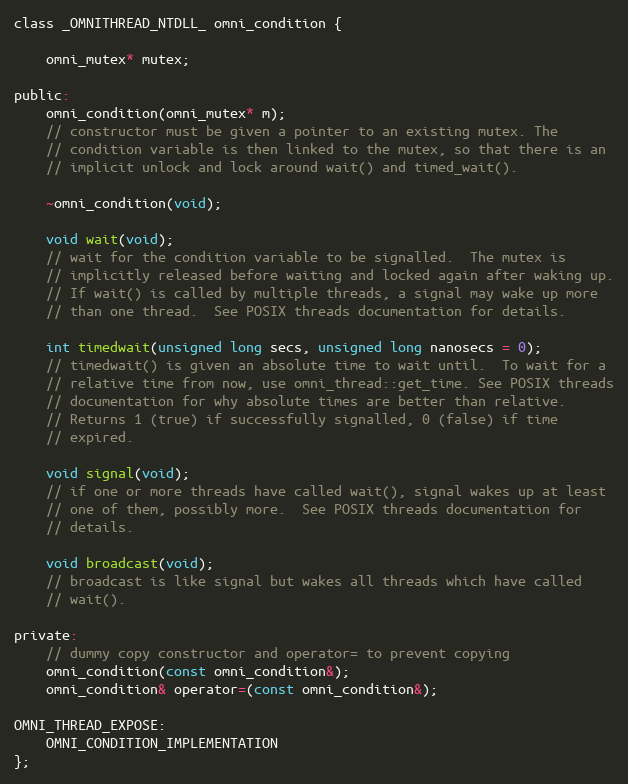
Language: C
class _OMNITHREAD_NTDLL_ omni_condition {

    omni_mutex* mutex;

public:
    omni_condition(omni_mutex* m);
	// constructor must be given a pointer to an existing mutex. The
	// condition variable is then linked to the mutex, so that there is an
	// implicit unlock and lock around wait() and timed_wait().

    ~omni_condition(void);

    void wait(void);
	// wait for the condition variable to be signalled.  The mutex is
	// implicitly released before waiting and locked again after waking up.
	// If wait() is called by multiple threads, a signal may wake up more
	// than one thread.  See POSIX threads documentation for details.

    int timedwait(unsigned long secs, unsigned long nanosecs = 0);
	// timedwait() is given an absolute time to wait until.  To wait for a
	// relative time from now, use omni_thread::get_time. See POSIX threads
	// documentation for why absolute times are better than relative.
	// Returns 1 (true) if successfully signalled, 0 (false) if time
	// expired.

    void signal(void);
	// if one or more threads have called wait(), signal wakes up at least
	// one of them, possibly more.  See POSIX threads documentation for
	// details.

    void broadcast(void);
	// broadcast is like signal but wakes all threads which have called
	// wait().

private:
    // dummy copy constructor and operator= to prevent copying
    omni_condition(const omni_condition&);
    omni_condition& operator=(const omni_condition&);

OMNI_THREAD_EXPOSE:
    OMNI_CONDITION_IMPLEMENTATION
};